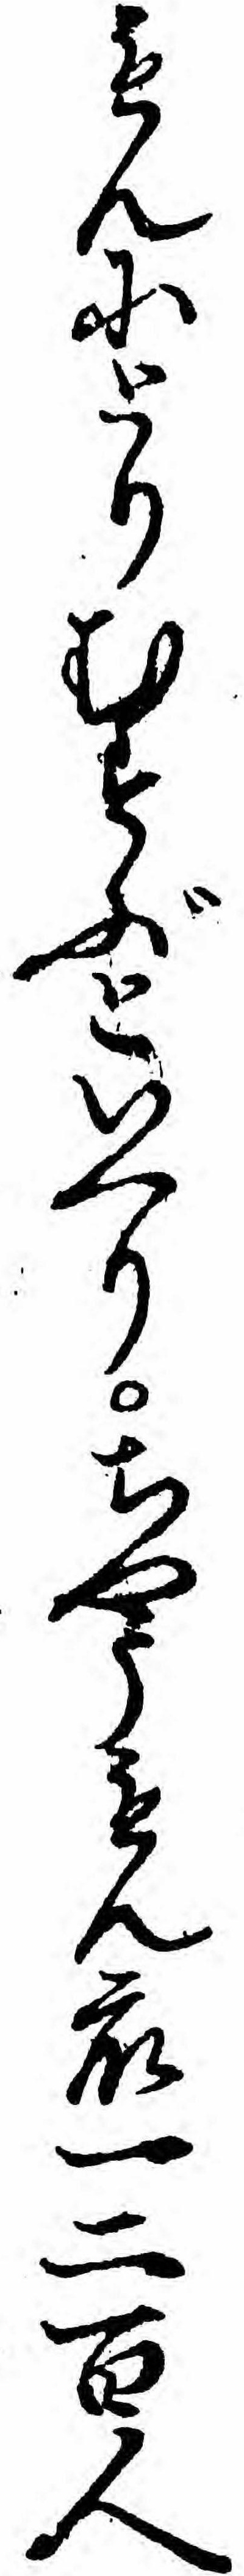
もんにとりむすぶといへりちやうもん衆一二百人